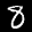
Label: 8